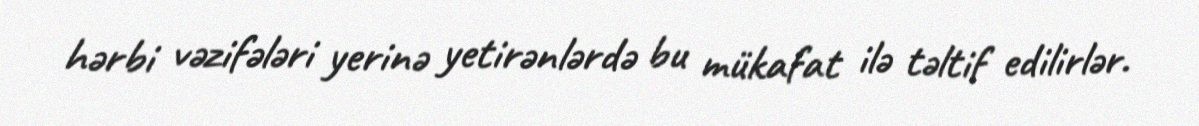
hərbi vəzifələri yerinə yetirənlərdə bu mükafat ilə təltif edilirlər.